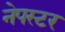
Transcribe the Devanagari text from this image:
नेपस्टर